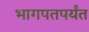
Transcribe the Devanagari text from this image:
भागपतपर्यंत